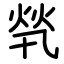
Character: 㷀